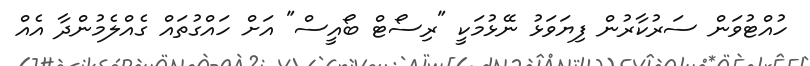
ހުއްޓުވަން ސަރުކާރުން ފިޔަވަޅު ނޭޅުމަކީ "ރިސޯޓް ބޯއީސް" އަށް ހައްގުތައް ގެއްލެމުންދާ އެއް